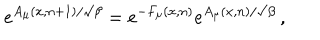
LaTeX: e ^ { A _ { \mu } ( x , n + 1 ) / \surd \beta } = e ^ { - F _ { \mu } ( x , n ) } e ^ { A _ { \mu } ( x , n ) / \surd \beta } \, ,